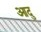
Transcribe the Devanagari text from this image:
आदु